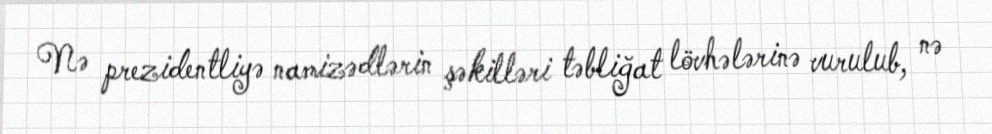
Nə prezidentliyə namizədlərin şəkilləri təbliğat lövhələrinə vurulub, nə